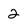
Character: 2